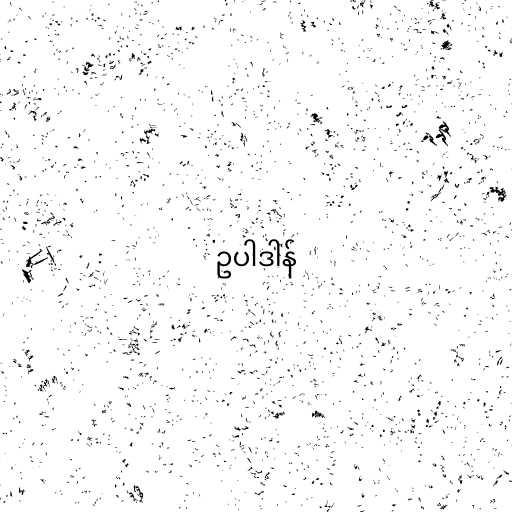
ဥပါဒါန်